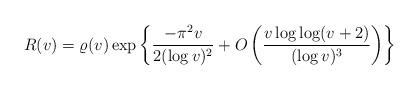
LaTeX: \begin{align*}R(v)=\varrho(v)\exp\left\{\frac{-\pi^2v}{2(\log v)^2}+O\left(\frac{v\log\log(v+2)}{(\log v)^3}\right)\right\}\end{align*}